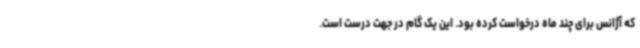
که آژانس برای چند ماه درخواست کرده بود. این یک گام در جهت درست است.